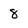
Character: 8